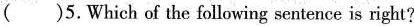
( )5.Which of the following sentence is right?